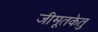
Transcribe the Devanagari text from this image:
जीमूतकेतु